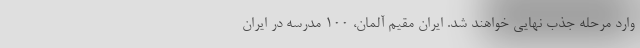
وارد مرحله جذب نهایی خواهند شد. ایران مقیم آلمان، 100 مدرسه در ایران